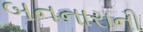
બનનારાની